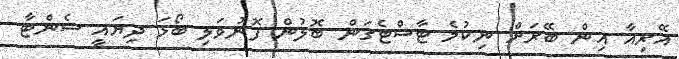
އޭރިއާ އިން ބޭރަށް ނިކުމެ ޓާސްޓެގަން ބޮލުން ފޮނުވަލި ބޯޅަ ދިޔައީ ސެންޓާ